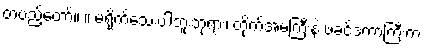
တပည့်တော်။ ။ မရိုက်သေးပါဘူးဘုရား၊ တိုက်အမကြီးနဲ့ ဖခင်ဒကာကြီးက